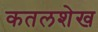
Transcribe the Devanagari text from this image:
कतलशेख